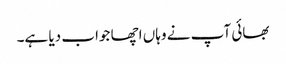
بھائی آپ نے وہاں اچھا جواب دیا ہے۔